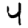
Digit: 4